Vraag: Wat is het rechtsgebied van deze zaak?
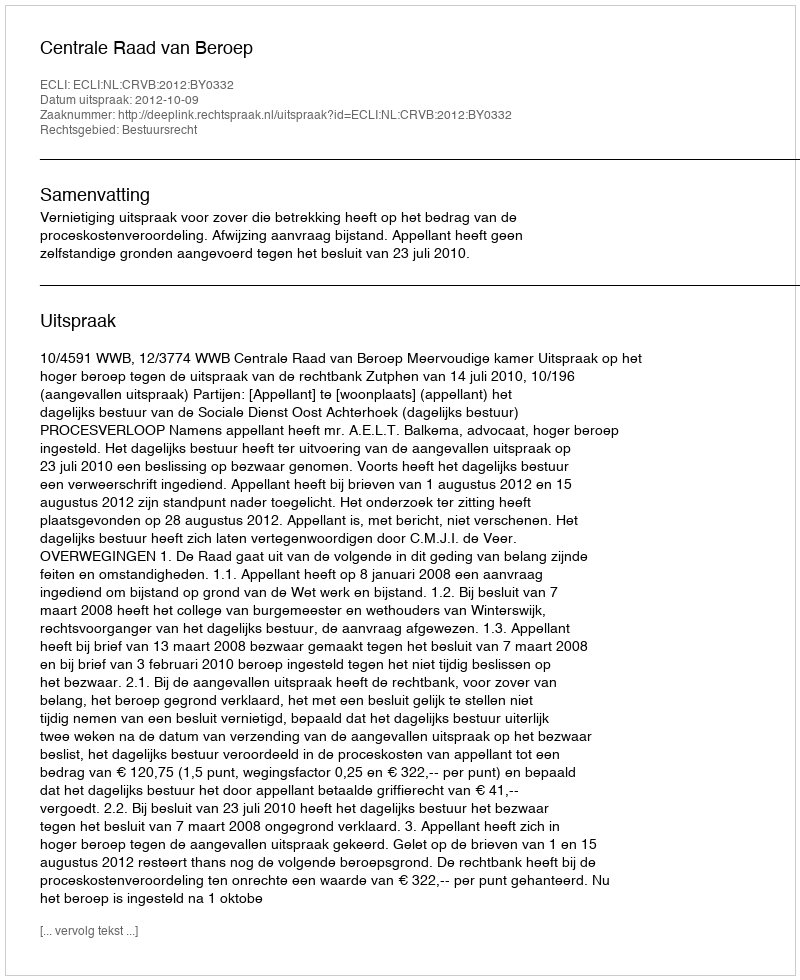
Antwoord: Bestuursrecht